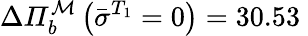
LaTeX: \Delta\mathit{\Pi}_{b}^{\mathcal{M}}\left(\bar{\sigma}^{T_{1}}=0\right)=30.53\